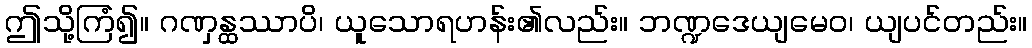
ဤသို့ကြံ၍။ ဂဏှန္ထဿာပိ၊ ယူသောရဟန်း၏လည်း။ ဘဏ္ဍဒေယျမေဝ၊ ယျပင်တည်း။